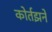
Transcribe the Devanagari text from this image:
कोर्तझने